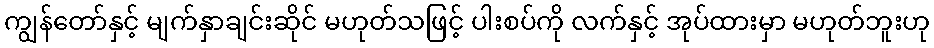
ကျွန်တော်နှင့် မျက်နှာချင်းဆိုင် မဟုတ်သဖြင့် ပါးစပ်ကို လက်နှင့် အုပ်ထားမှာ မဟုတ်ဘူးဟု